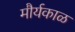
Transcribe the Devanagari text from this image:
मौर्यकाळ